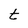
Character: t